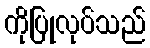
ကိုပြုလုပ်သည်